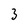
Character: 3